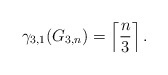
\begin{align*} \gamma_{3,1}(G_{3,n}) = \left \lceil \frac{n}{3} \right \rceil .\end{align*}